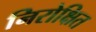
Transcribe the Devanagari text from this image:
निरोक्षित